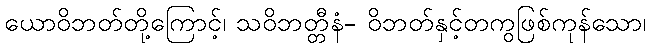
ယောဝိဘတ်တို့ကြောင့်၊ သဝိဘတ္တီနံ- ဝိဘတ်နှင့်တကွဖြစ်ကုန်သော၊